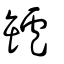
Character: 罏